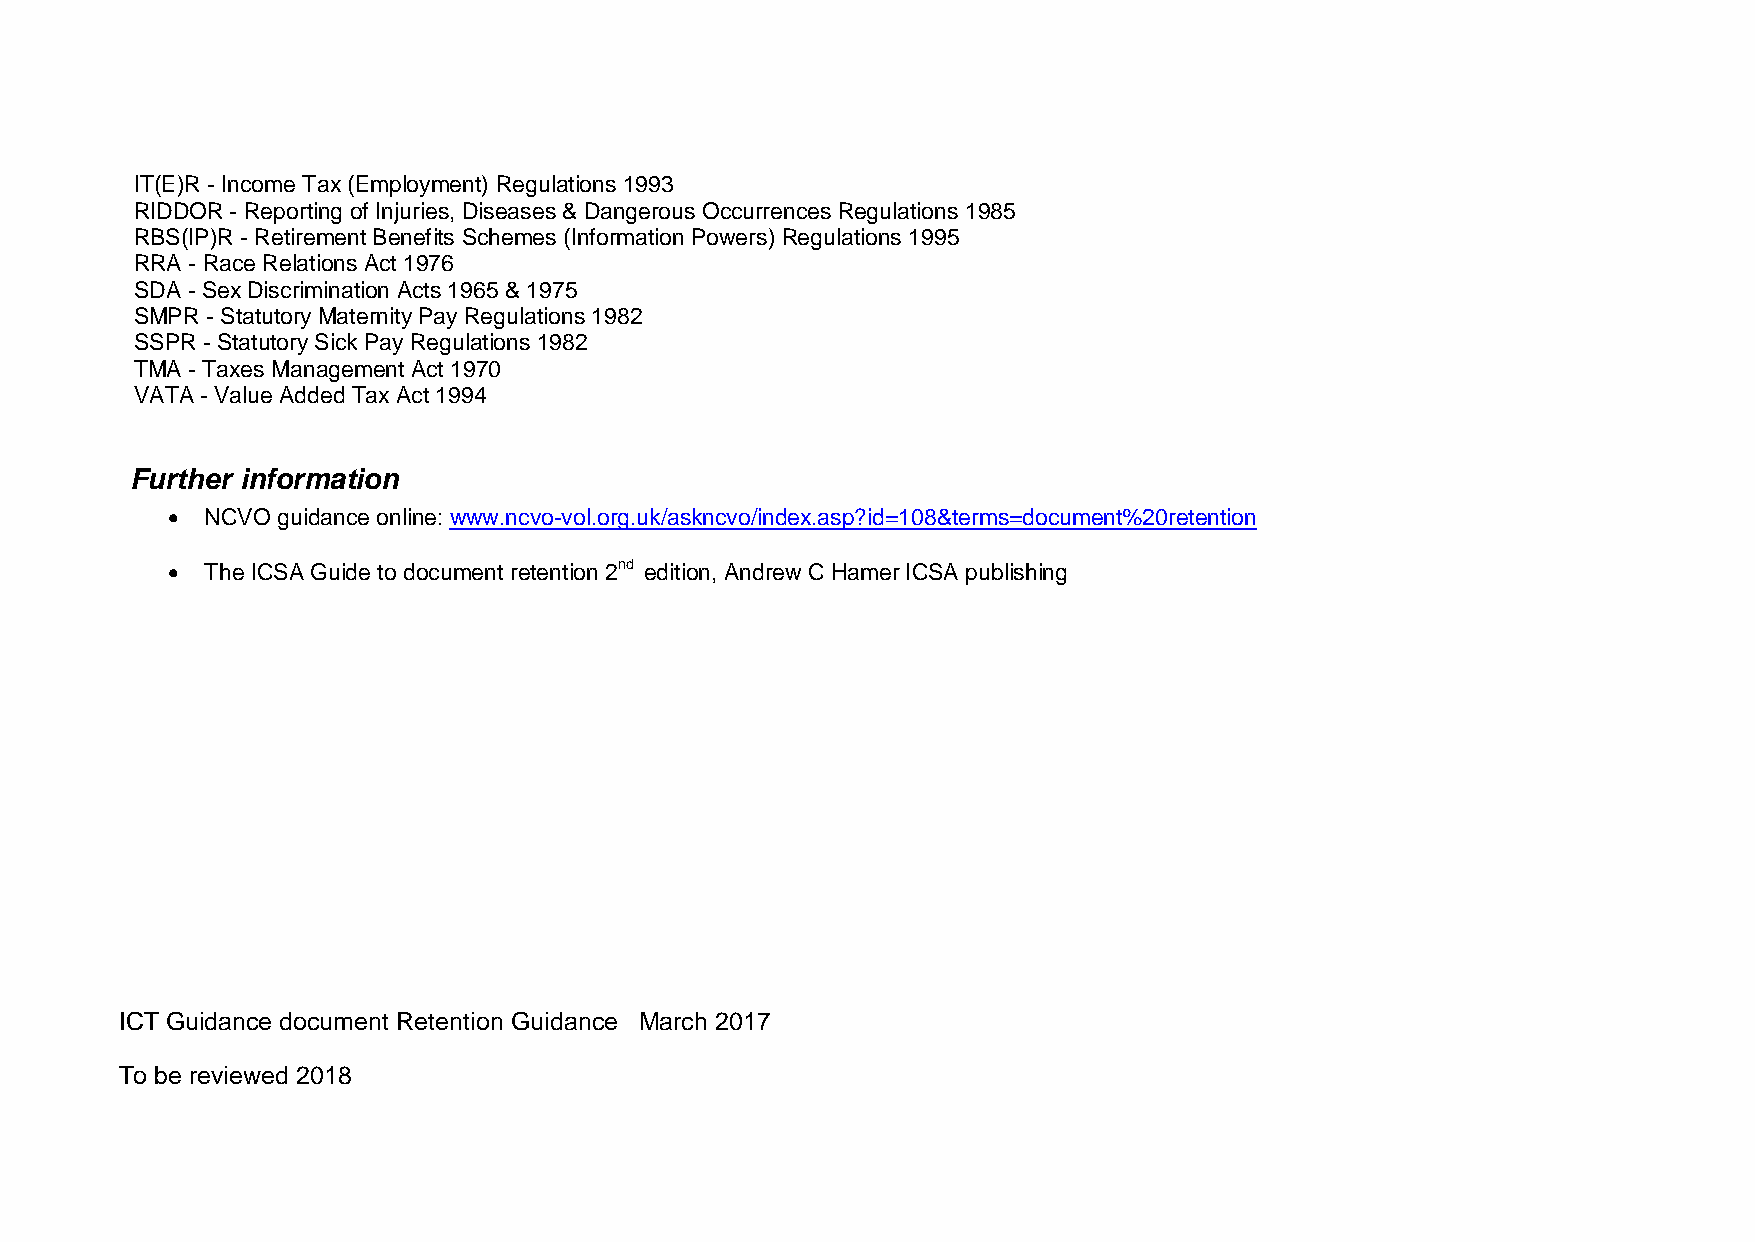
IT(E)R Income Tax (Employment) Regulations 1993
 RIDDOR Reporting of Injuries, Diseases & Dangerous Occurrences Regulations 1985
 RBS(IP)R Retirement Benefits Schemes (Information Powers) Regulations 1995
 RRA Race Relations Act 1976
 SDA Sex Discrimination Acts 1965 & 1975
 SMPR  Statutory Maternity Pay Regulations 1982
 SSPR Statutory Sick Pay Regulations 1982
 TMA Taxes Management Act 1970
 VATA Value Added Tax Act 1994
 Further information
  NCVO guidance online: www.ncvo vol.org.uk/askncvo/index.asp?id=108&terms=document%20retention
 
  The ICSA Guide to document retention 2nd edition, Andrew C Hamer ICSA publishing
 ICT Guidance document Retention Guidance March 2017
 To be reviewed 2018